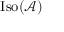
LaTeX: \mathrm { I s o } ( { \mathcal { A } } )